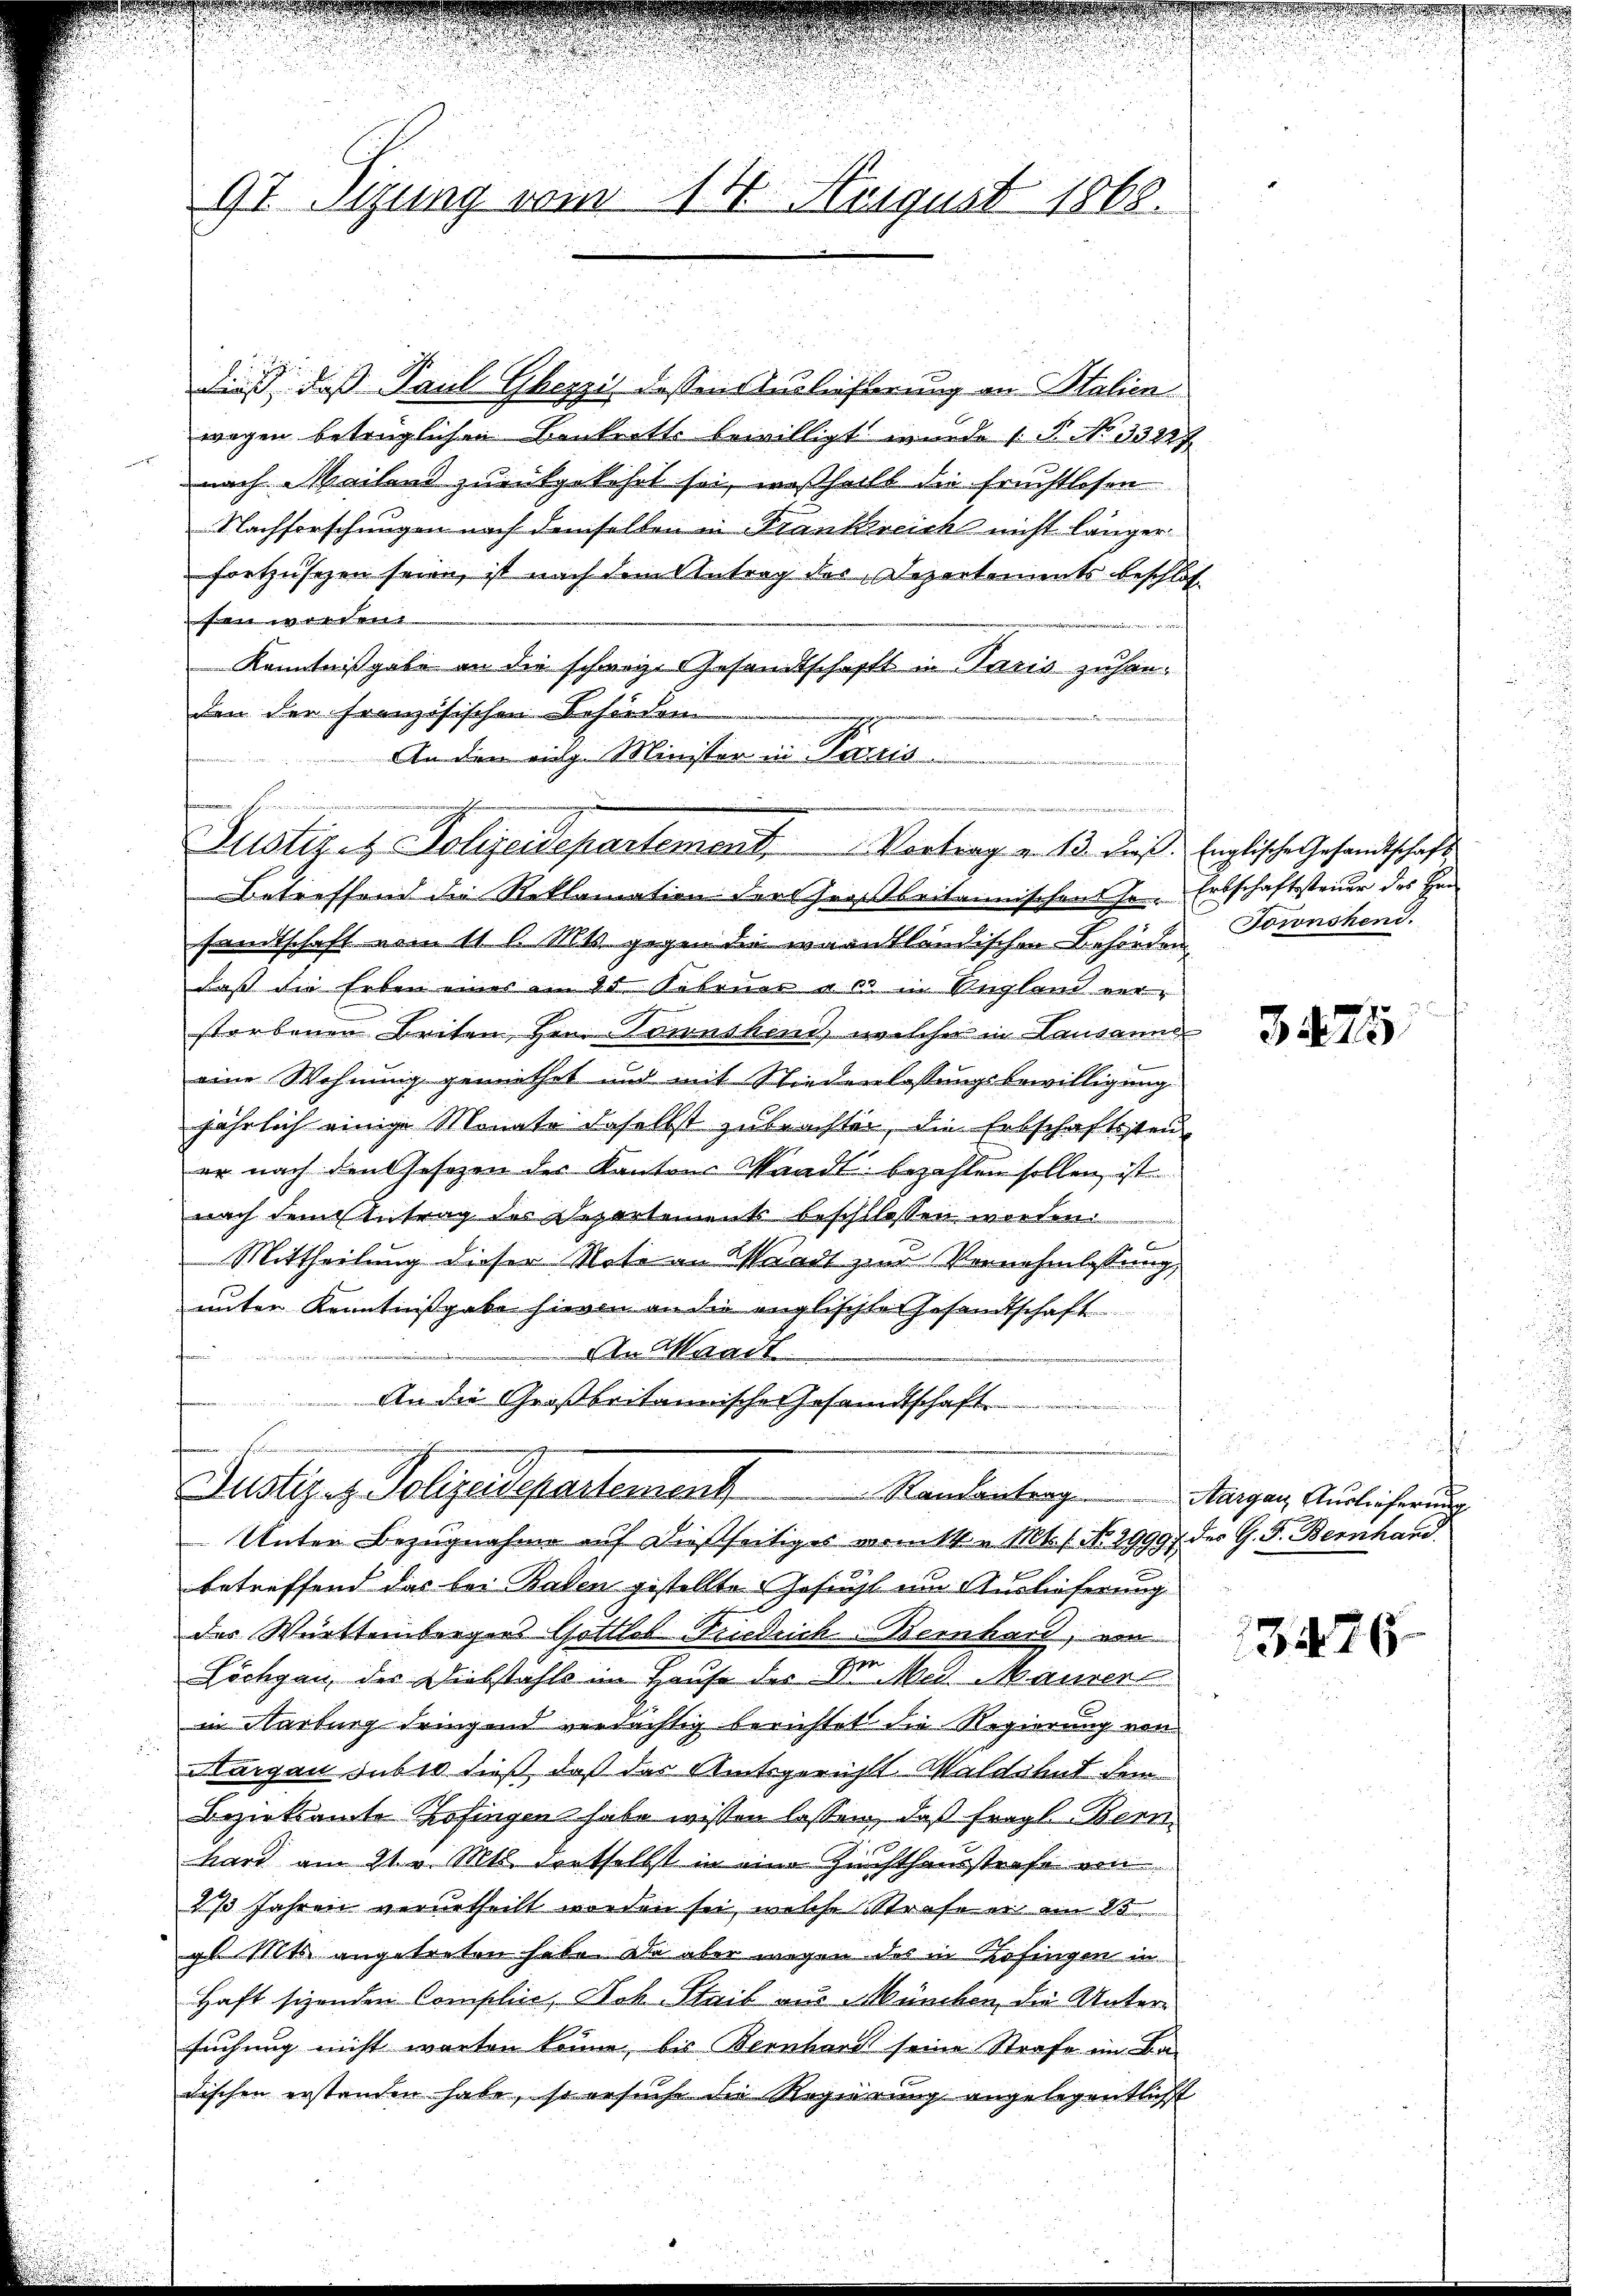
97 Sizung vom 14. August 1868.

dieß, daß Paul Ghezzis dessen Auslieferung an Stalien
wegen betrüglichen Baukritts bewilligt wurde (§ No. 33227

nach Mailand zurükgekehrt sei, weßhalb die fruchtlosen
Nachforschungen nach demselben in Frankreich nicht länger
fortzusehen seien, ist nach dem Antrag des Departements beschlos
fe in erseit
Kenntnißgabe an die schwage Gesandtschafts in Paris zuhanden der Französischen Behörden
An den einge Minister in Paris

d wenn er
Zustiz- & Polizeidepartement.      Vertrag v. 13. dies

Justizen Polizeidepartement               Randantrag Margau, Auslicherung

Betreffend die Reklamation der Großbritannischense. Erbschaftssteuer des Hrn.
sandtschaft vom 11. l. Mts. gegen die warntländischen Behörden Toronshon J.
daß die Erben eines am 25. Februar a. c. in Ungland ver¬

storbenen Beiten Hen Townihend, welcher in Landann
eine Wohnung gemiethet und mit Niederlassungsbewilligung
jährlich einige Monate daselbst zubrachten, die Erbschaftssteuer nach den Gesetzen der Kantons Waadt bezahlen sollen, ist
nach dem Antrag des Departements beschlossen worden.
e
Mittheilung dieser Note an Waadt und Vernehmlassung,
unter Kenntnißgabe hievon an die englischte Gesandtschaft
den Waadt
An die Großbritannische Gesandtschaft
Unter Bezugnahme auf dießseitiges wankt. Mts. 1. No. 29997 des G. F. Bernhand
betreffend das bei Balen gestellte Gesucht um Auslieferung
der Württembergers Gottlob Friedrich-Bernhard, von
Söchgau, der Diebstahls im Hause der Dr. Med. Maurer
in Narburg dringend verdächtig berichtet die Regierung von
Nargau suber dieß, daß das Amtsgerichts Waldshut dem
Bezirksamte Zofingen habe wissen lassen, daß fragl. Bern
n
hard am 21. v. Mts. dortselbst in eine Zuchthausstrafe ein
2/3 Jahren verurtheilt worden sei, welche Strafe er am 20
gl. Mts. angetreten habe. Da aber wegen des in Zofingen in
Haft sizenden Complin, Nib. Stail aus München, die Untersuchung nicht warten könne, bis Bernhard seine Strafe im Ba-
dischen erstanden habe, so ersuche die Regierung angelegentlicht

Englische Gesandtschaft

¬
3475

h

13426